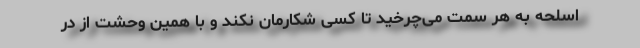
اسلحه به هر سمت می‌چرخید تا کسی شکارمان نکند و با همین وحشت از در